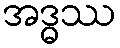
အဒ္ဓဿ